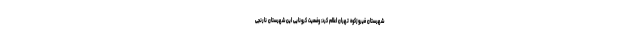
شهرستان فیروزکوه تهران اعلام کرد:‌ وضعیت کرونایی این شهرستان نارنجی